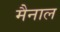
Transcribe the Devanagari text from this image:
मैनाल